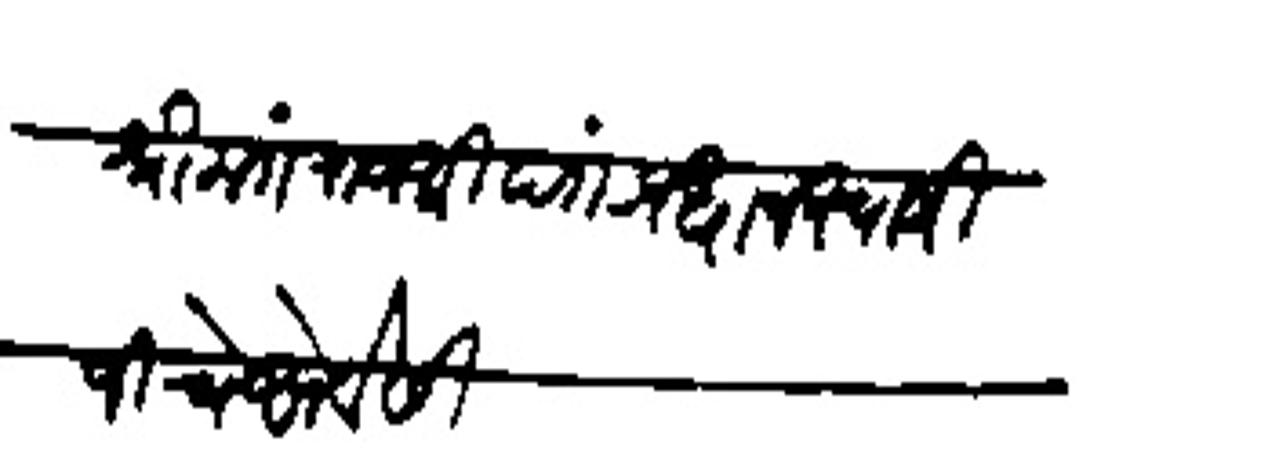
Transliteration (Devanagari): श्रीमंत राजश्री पंतप्रधान स्वामीजीचे सेवेसी